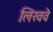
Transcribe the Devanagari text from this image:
लिखवे